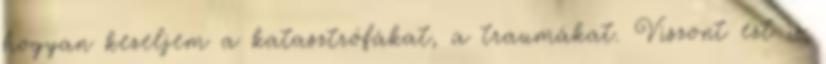
hogyan kezeljem a katasztrófákat, a traumákat. Viszont ezt is